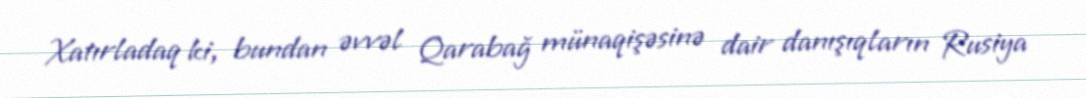
Xatırladaq ki, bundan əvvəl Qarabağ münaqişəsinə dair danışıqların Rusiya